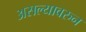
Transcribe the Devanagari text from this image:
असल्यावरुन